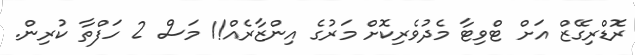
ރޮޑްރިގޭޒް އަށް ޓްވިޓާ މެދުވެރިކޮށް މަރުގެ އިންޒާރެއް!1 މަސް 2 ހަފްތާ ކުރިން.